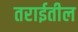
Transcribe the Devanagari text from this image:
तराईतील